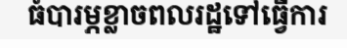
ធំបារម្ភខ្លាចពលរដ្ឋទៅធ្វើការ